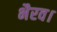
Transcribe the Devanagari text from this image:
भैरव।